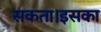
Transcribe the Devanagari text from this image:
सकता।इसका